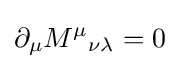
\partial _{\mu }{M^{\mu }}_{\nu \lambda }=0